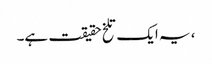
، یہ ایک تلخ حقیقت ہے۔